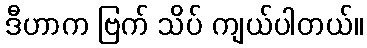
ဒီဟာက ဗြက် သိပ် ကျယ်ပါတယ်။